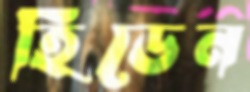
হিডেন